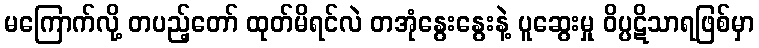
မကြောက်လို့ တပည့်တော် ထုတ်မိရင်လဲ တအုံနွေးနွေးနဲ့ ပူဆွေးမှု ဝိပ္ပဋိသာရဖြစ်မှာ